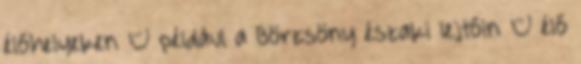
élőhelyeken – például a Börzsöny északi lejtőin – élő